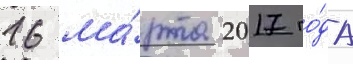
16 ма́рта 2017 го́да